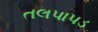
તલપાપડ